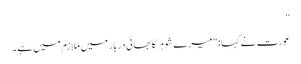
”
عورت نے کہا: "میرے شوہر کا بھائی دربار میں ملازم میں ہے۔